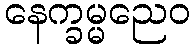
နေက္ခမ္မညေဝ